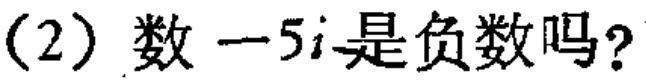
(2) 数\(-5i\)是负数吗？